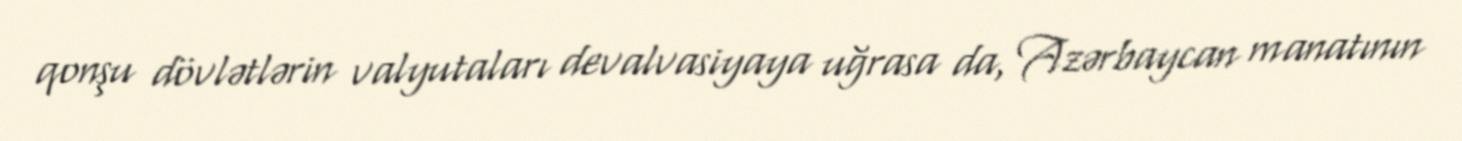
qonşu dövlətlərin valyutaları devalvasiyaya uğrasa da, Azərbaycan manatının